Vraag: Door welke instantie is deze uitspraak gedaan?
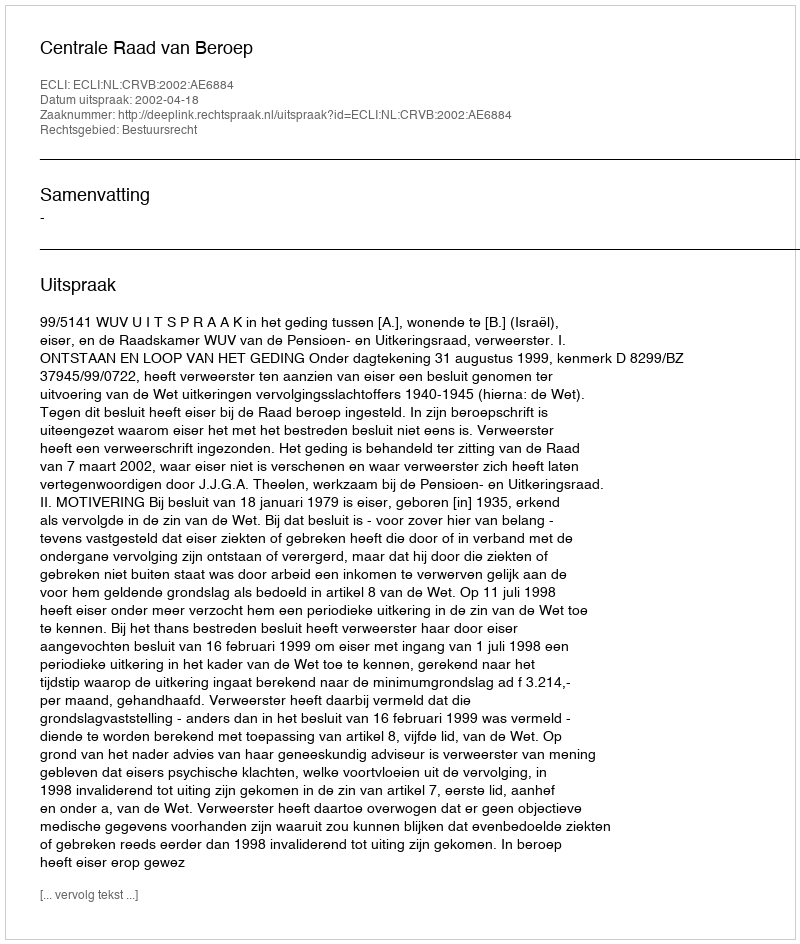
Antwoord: Centrale Raad van Beroep